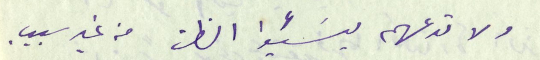
ولا تدعهم يسَيئوا الظن من غير سبب.